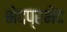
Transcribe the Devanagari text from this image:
भेदप्रभेद